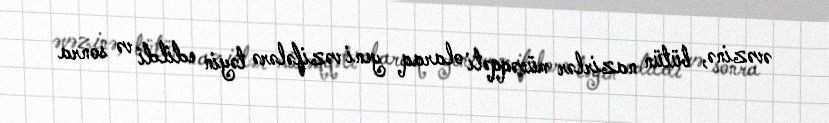
əvəzinə, bütün nazirlər müvəqqəti olaraq yeni vəzifələrə təyin edildi və sonra